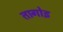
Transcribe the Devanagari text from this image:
तागोइ